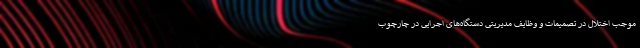
موجب اختلال در تصمیمات و وظایف مدیریتی دستگاه‌های اجرایی در چارچوب